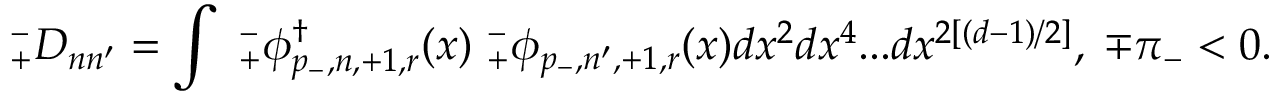
_ { + } ^ { - } { \cal D } _ { n n ^ { \prime } } = \int { } \ { } _ { + } ^ { - } \phi _ { p _ { - } , n , + 1 , r } ^ { \dagger } ( x ) \ { } _ { + } ^ { - } \phi _ { p _ { - } , n ^ { \prime } , + 1 , r } ( x ) { } d x ^ { 2 } d x ^ { 4 } . . . d x ^ { 2 \left[ ( d - 1 ) / 2 \right] } , \; \mp \pi _ { - } < 0 .